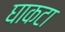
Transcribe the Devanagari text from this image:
घाकटा